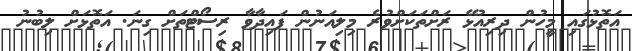
އަތޮޅުގައި މީހުން ދިރިއުޅޭ ރަށްތަކަށްވުރެ މިލިއަނުން ފައިދާވާ ރިސޯޓްތަށް ގިނަ. އަތޮޅަށް ލިބުނު